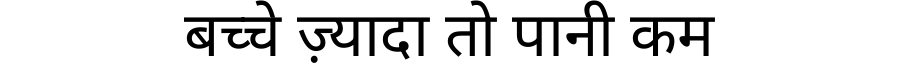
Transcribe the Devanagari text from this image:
बच्चे ज़्यादा तो पानी कम